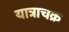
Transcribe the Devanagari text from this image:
यात्राचक्र